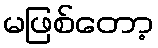
မဖြစ်တော့